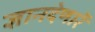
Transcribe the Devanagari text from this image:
ज्ञानदेणारें